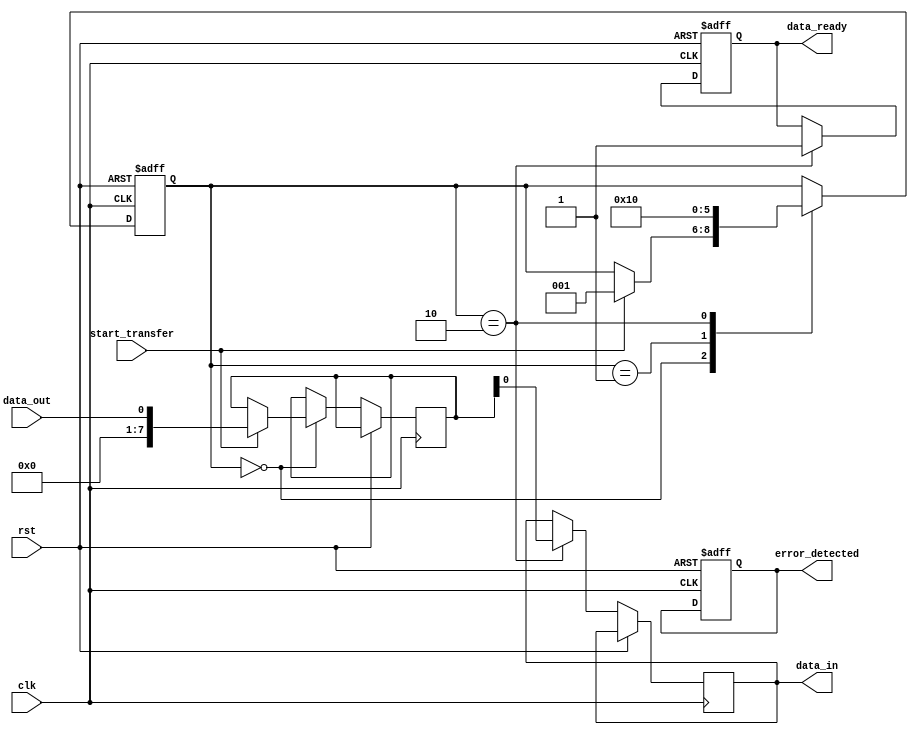
module spi_master (
    input wire clk,
    input wire rst,
    input wire start_transfer,
    input wire data_out,
    output reg data_in,
    output reg data_ready,
    output reg error_detected
);

// States of the state machine
parameter IDLE = 0;
parameter TRANSMITTING = 1;
parameter RECEIVING = 2;

// Internal signals
reg [7:0] buffer;
reg [2:0] state;

always @ (posedge clk or posedge rst) begin
    if (rst) begin
        state <= IDLE;
        data_ready <= 0;
        error_detected <= 0;
    end else begin
        case (state)
            IDLE: begin // Wait for start_transfer signal
                if (start_transfer) begin
                    buffer <= data_out;
                    state <= TRANSMITTING;
                end
            end
            TRANSMITTING: begin // Transmit data
                // Add logic to handle data transmission
                state <= RECEIVING;
            end
            RECEIVING: begin // Receive data
                // Add logic to handle data reception
                state <= IDLE;
                data_in <= buffer;
                data_ready <= 1;
            end
        endcase
    end
end

endmodule